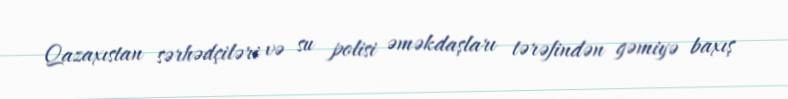
Qazaxıstan sərhədçiləri və su polisi əməkdaşları tərəfindən gəmiyə baxış